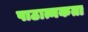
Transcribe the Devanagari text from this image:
पाठात्मकता